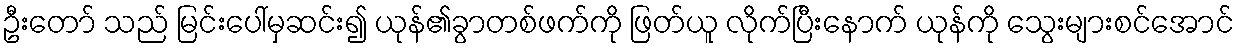
ဦးတော် သည် မြင်းပေါ်မှဆင်း၍ ယုန်၏ခွာတစ်ဖက်ကို ဖြတ်ယူ လိုက်ပြီးနောက် ယုန်ကို သွေးများစင်အောင်